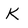
Character: K